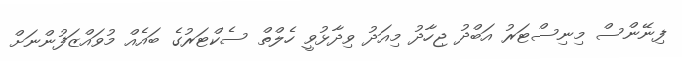
ފިނޭންސް މިނިސްޓަރު އަބްދު ޖިހާދު މިއަދު ވިދާޅުވީ ހެލްތް ސެކްޓަރުގެ ބައެއް މުވައްޒަފުންނަށް